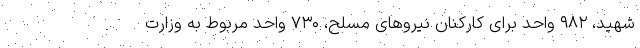
شهید، ۹۸۲ واحد برای کارکنان نیروهای مسلح، ۷۳۰ واحد مربوط به وزارت